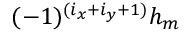
( - 1 ) ^ { ( i _ { x } + i _ { y } + 1 ) } h _ { m }